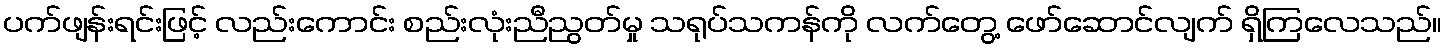
ပက်ဖျန်းရင်းဖြင့် လည်းကောင်း စည်းလုံးညီညွတ်မှု သရုပ်သကန်ကို လက်တွေ့ ဖော်ဆောင်လျက် ရှိကြလေသည်။